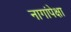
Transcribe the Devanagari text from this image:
नागांपेक्षा